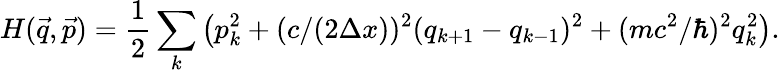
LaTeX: H(\vec{q},\vec{p})={\frac{1}{2}}\sum_{k}\left(p_{k}^{2}+(c/(2\Delta x))^{2}(q_{k+1}-q_{k-1})^{2}+(mc^{2}/\hbar)^{2}q_{k}^{2}\right).